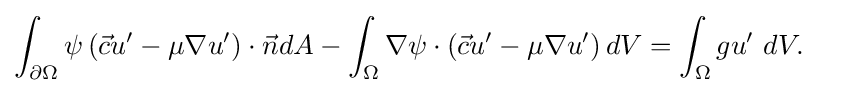
{\begin{aligned}\int _{\partial \Omega }\psi \left({\vec {c}}u'-\mu \nabla u'\right)\cdot {\vec {n}}dA-\int _{\Omega }\nabla \psi \cdot \left({\vec {c}}u'-\mu \nabla u'\right)dV&=\int _{\Omega }gu'\ dV.\end{aligned}}